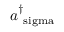
a _ { \mathrm { \ s i g m a } } ^ { \dagger }